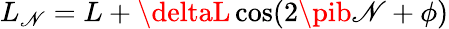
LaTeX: L_{\mathscr{N}}=L+\deltaL\cos(2\pib\mathscr{N}+\phi)